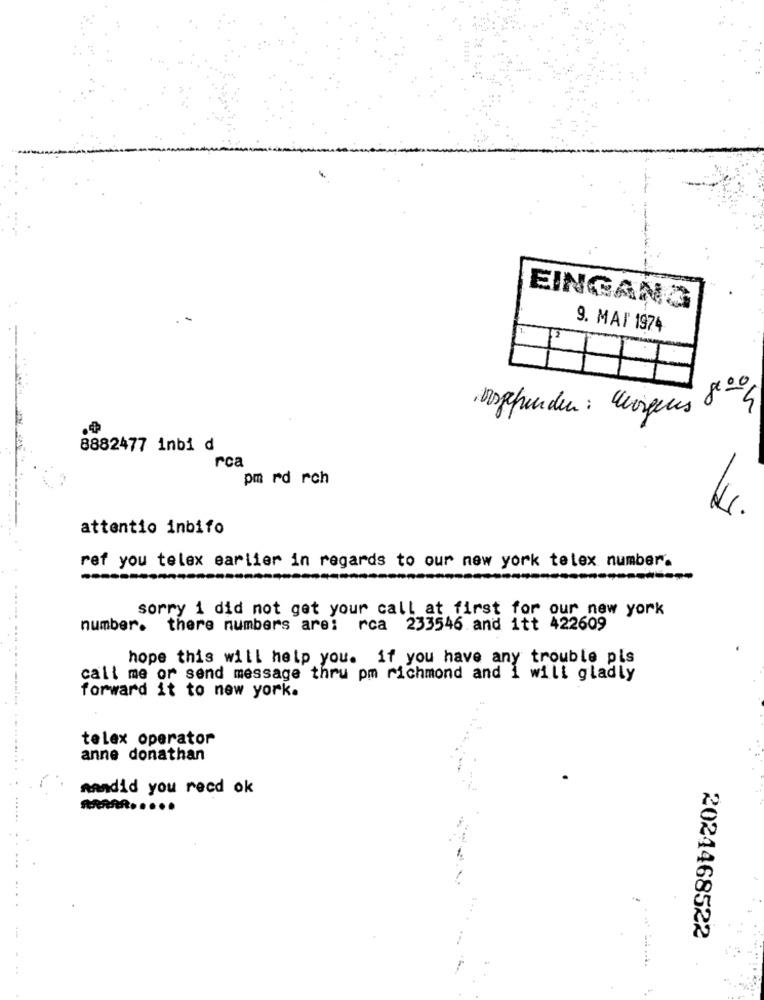
EINGANG
9. MAI' 1974
Dogefunden : "vigens 80 4
8882477 inbi d
rca
pm rd rch
attentio inbifo
ref you telex earlier in regards to our new york telex number.
sorry i did not get your call at first for our new york
number. there numbers are: rca 233546 and itt 422609
hope this will help you. if you have any trouble pis
call me or send message thru pm richmond and i will gladly
forward it to new york.
telex operator
anne donathan
mandid you recd ok
2024468522